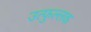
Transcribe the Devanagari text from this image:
उत्‍फुल्‍लक